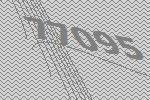
77095